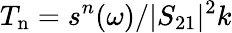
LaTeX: T_{\mathrm{n}}=s^{n}(\omega)/|S_{21}|^{2}k